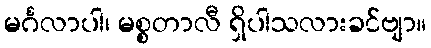
မင်္ဂလာပါ၊ မစ္စတာလီ ရှိပါသလားခင်ဗျာ။